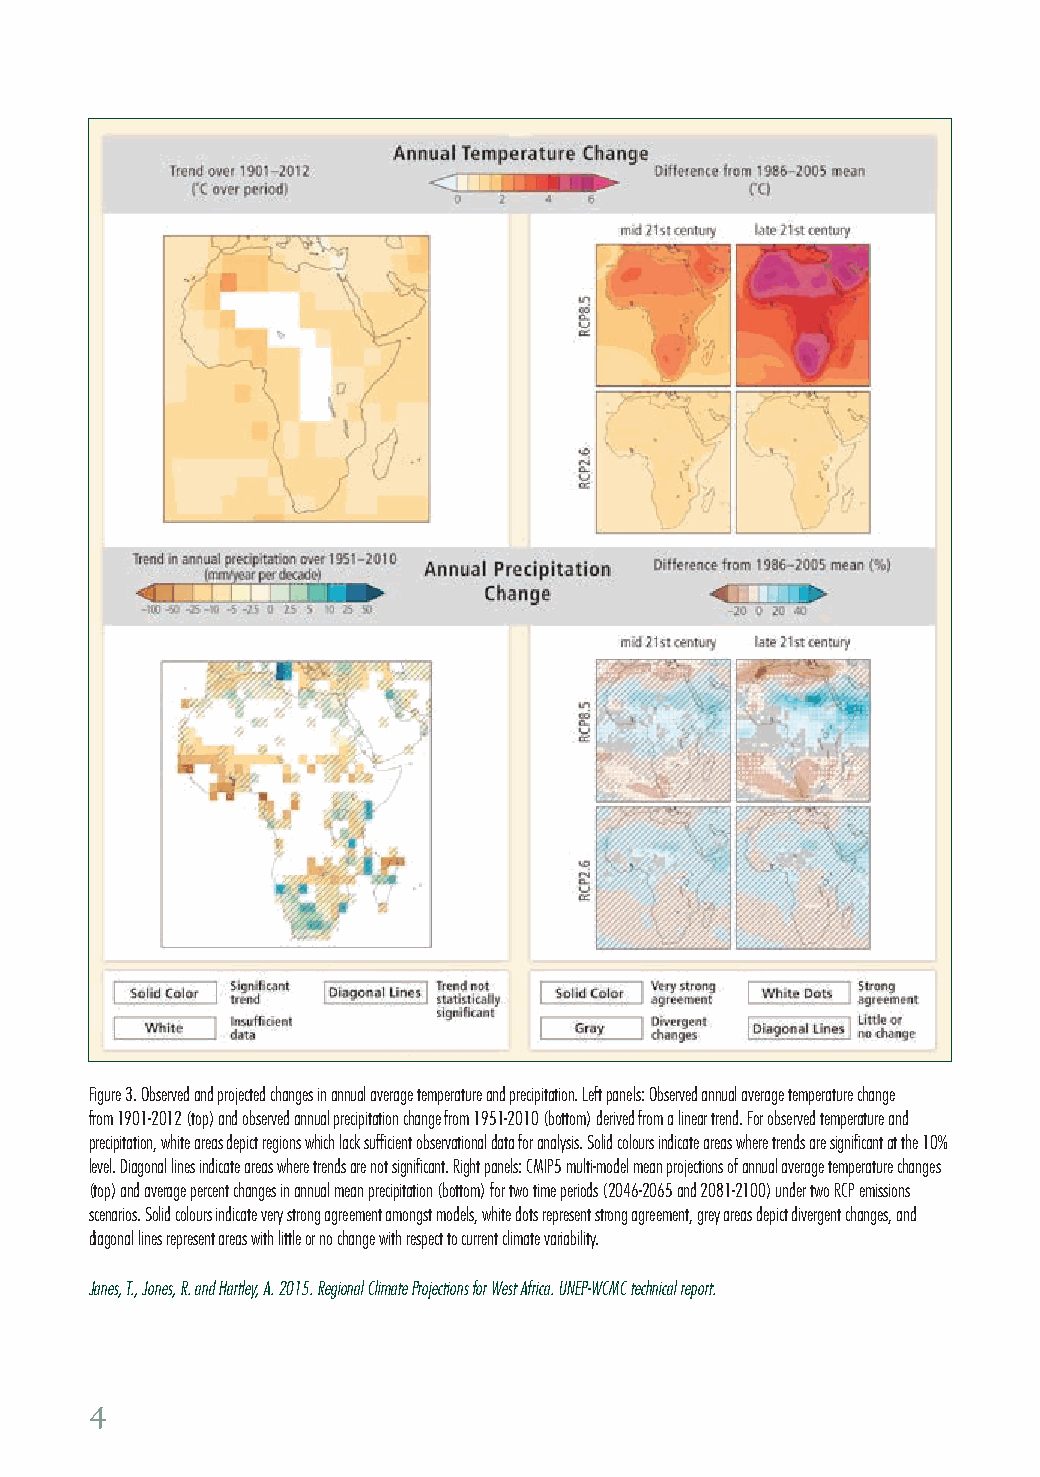
Figure 3. Observed and projected changes in annual average temperature and precipitation. Left panels: Observed annual average temperature change
 from 1901-2012 (top) and observed annual precipitation change from 1951-2010 (bottom) derived from a linear trend. For observed temperature and
 precipitation, white areas depict regions which lack sufficient observational data for analysis. Solid colours indicate areas where trends are significant at the 10%
 level. Diagonal lines indicate areas where trends are not significant. Right panels: CMIP5 multi-model mean projections of annual average temperature changes
 (top) and average percent changes in annual mean precipitation (bottom) for two time periods (2046-2065 and 2081-2100) under two RCP emissions
 scenarios. Solid colours indicate very strong agreement amongst models, white dots represent strong agreement, grey areas depict divergent changes, and
 diagonal lines represent areas with little or no change with respect to current climate variability.
 Janes, T., Jones, R. and Hartley, A. 2015. Regional Climate Projections for West Africa. UNEP-WCMC technical report.
 4